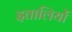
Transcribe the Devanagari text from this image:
इतालियों